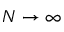
N \to \infty